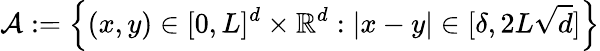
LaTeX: \mathcal{A}:=\left\{ (x,y)\in[0,L]^{d}\times\mathbb{R}^{d}:|x-y|\in[\delta,2L\sqrt{d}]\right\}